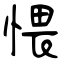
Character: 愄